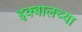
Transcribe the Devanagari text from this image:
इक्बालच्या